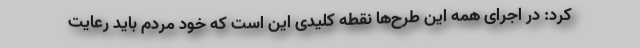
کرد: در اجرای همه این طرح‌ها نقطه کلیدی این است که خود مردم باید رعایت